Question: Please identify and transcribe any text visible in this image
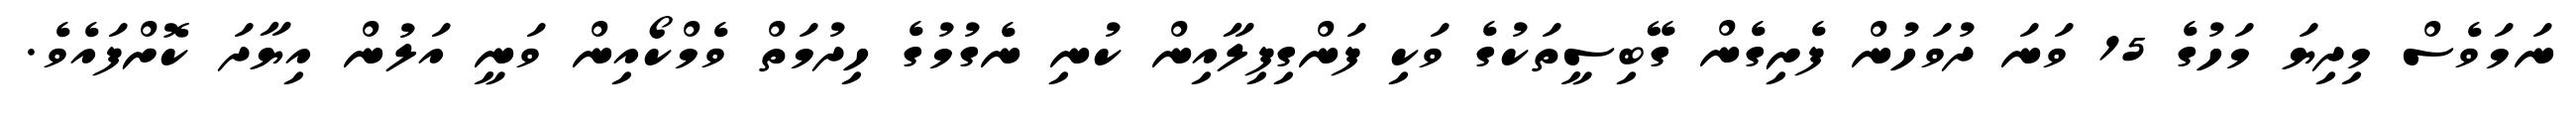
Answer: ނަމަވެސް މިދިޔަ މަހުގެ 15 ވަނަ ދުވަހުން ފެށިގެން ގޭބިސީތަކުގެ ވަކި ފަންގިފިލާއިން ކުނި ނެގުމުގެ ހިދުމަތް ވެމްކޯއިން ވަނީ އަލުން އިޔާދަ ކޮށްފައެވެ.